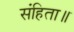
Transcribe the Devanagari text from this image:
संहिता॥